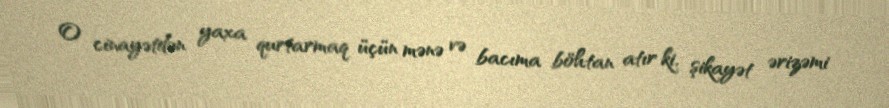
O cinayətdən yaxa qurtarmaq üçün mənə və bacıma böhtan atır ki, şikayət ərizəmi